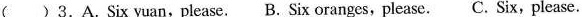
( ) 3.A.Six yuan,please. B. Six oranges, please.C. Six,please.